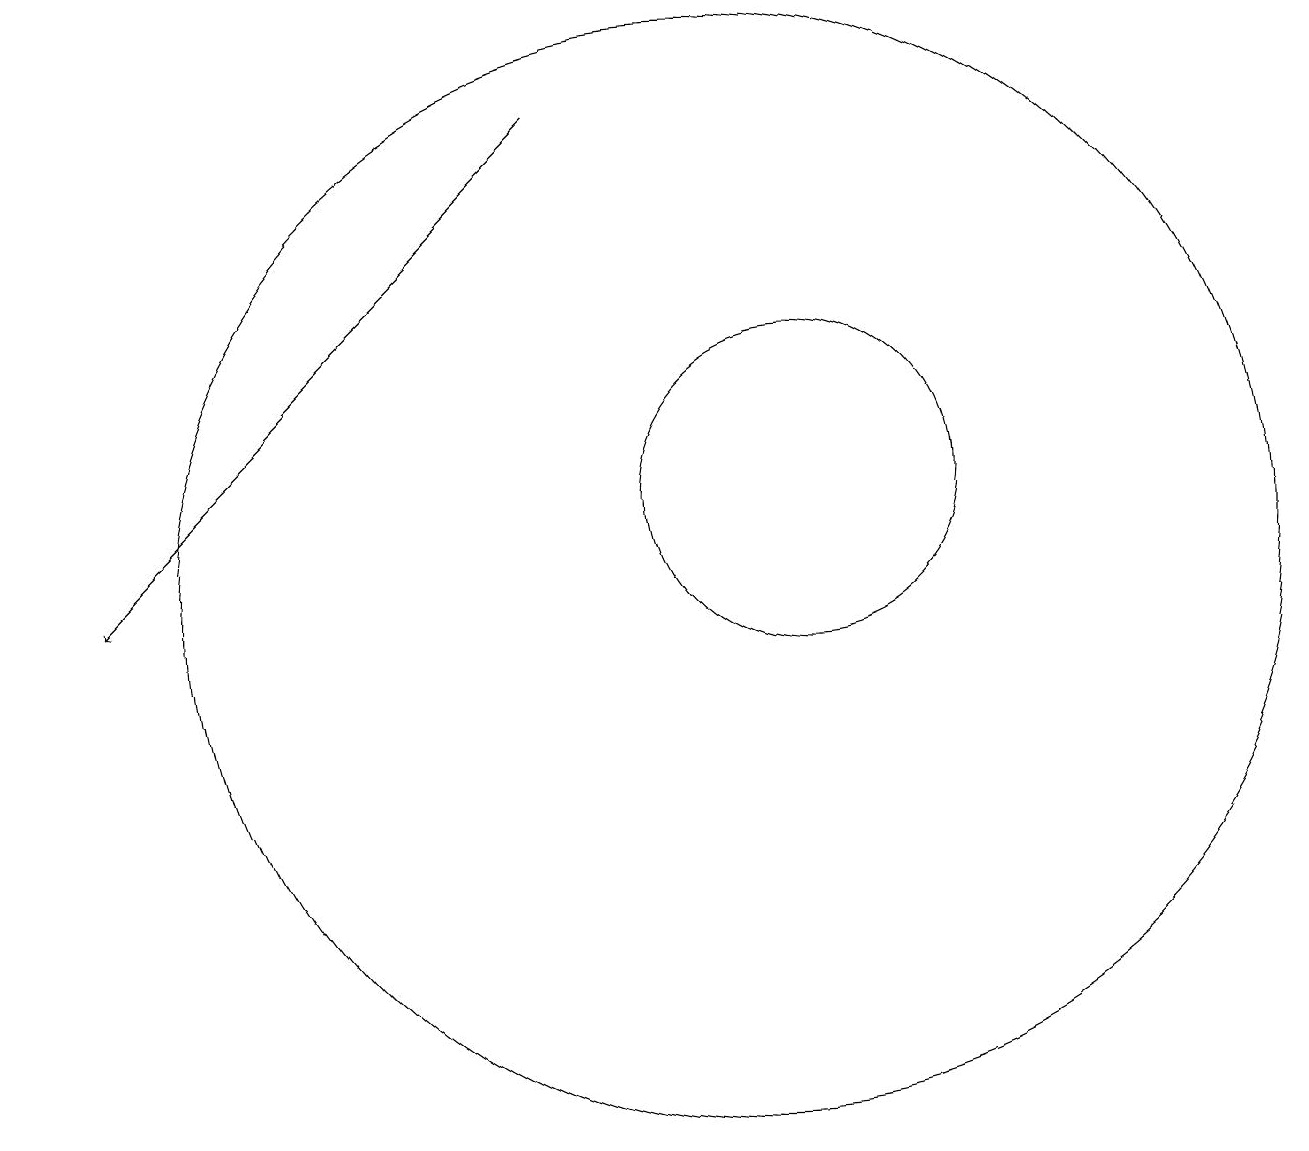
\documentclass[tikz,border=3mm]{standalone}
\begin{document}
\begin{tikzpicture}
\draw[->] (9,17) -- (3,11);
\draw (11,11) circle (7);
\draw[->] (2,18) -- (2,17);
\draw (12,12) circle (2);
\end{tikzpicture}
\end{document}